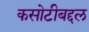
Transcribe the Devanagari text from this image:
कसोटीबद्दल